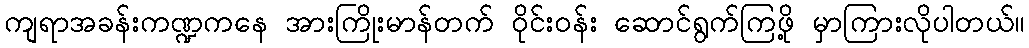
ကျရာအခန်းကဏ္ဍကနေ အားကြိုးမာန်တက် ဝိုင်းဝန်း ဆောင်ရွက်ကြဖို့ မှာကြားလိုပါတယ်။